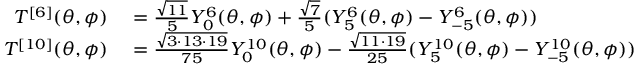
\begin{array} { r l } { T ^ { [ 6 ] } ( \theta , \phi ) } & { { } = \frac { \sqrt { 1 1 } } { 5 } Y _ { 0 } ^ { 6 } ( \theta , \phi ) + \frac { \sqrt { 7 } } { 5 } ( Y _ { 5 } ^ { 6 } ( \theta , \phi ) - Y _ { - 5 } ^ { 6 } ( \theta , \phi ) ) } \\ { T ^ { [ 1 0 ] } ( \theta , \phi ) } & { { } = \frac { \sqrt { 3 \cdot 1 3 \cdot 1 9 } } { 7 5 } Y _ { 0 } ^ { 1 0 } ( \theta , \phi ) - \frac { \sqrt { 1 1 \cdot 1 9 } } { 2 5 } ( Y _ { 5 } ^ { 1 0 } ( \theta , \phi ) - Y _ { - 5 } ^ { 1 0 } ( \theta , \phi ) ) } \end{array}